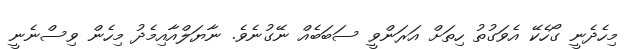
މިހެދެނީ ގޯހެކޭ އެވަގުތު ހިތަށް އަރަންވީ ސަބަބެއް ނޭގުނެވެ. ނާޔަލްއާއިމެދު މިހެން ވިސްނެނީ